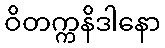
ဝိတက္ကနိဒါနော